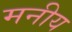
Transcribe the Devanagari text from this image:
मनीय